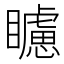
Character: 𥌠